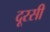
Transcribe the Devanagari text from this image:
दूरसी